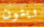
ويتون